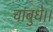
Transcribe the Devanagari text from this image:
चांबुधे।।